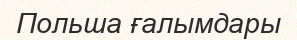
Польша ғалымдары